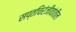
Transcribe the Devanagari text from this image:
सप्तचिरंजीवांतील